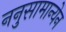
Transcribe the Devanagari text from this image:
ननुसामान्येन